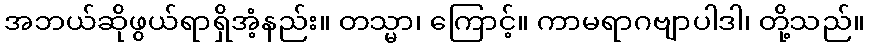
အဘယ်ဆိုဖွယ်ရာရှိအံ့နည်း။ တသ္မာ၊ ကြောင့်။ ကာမရာဂဗျာပါဒါ၊ တို့သည်။